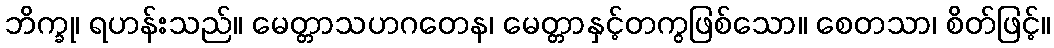
ဘိက္ခု၊ ရဟန်းသည်။ မေတ္တာသဟဂတေန၊ မေတ္တာနှင့်တကွဖြစ်သော။ စေတသာ၊ စိတ်ဖြင့်။